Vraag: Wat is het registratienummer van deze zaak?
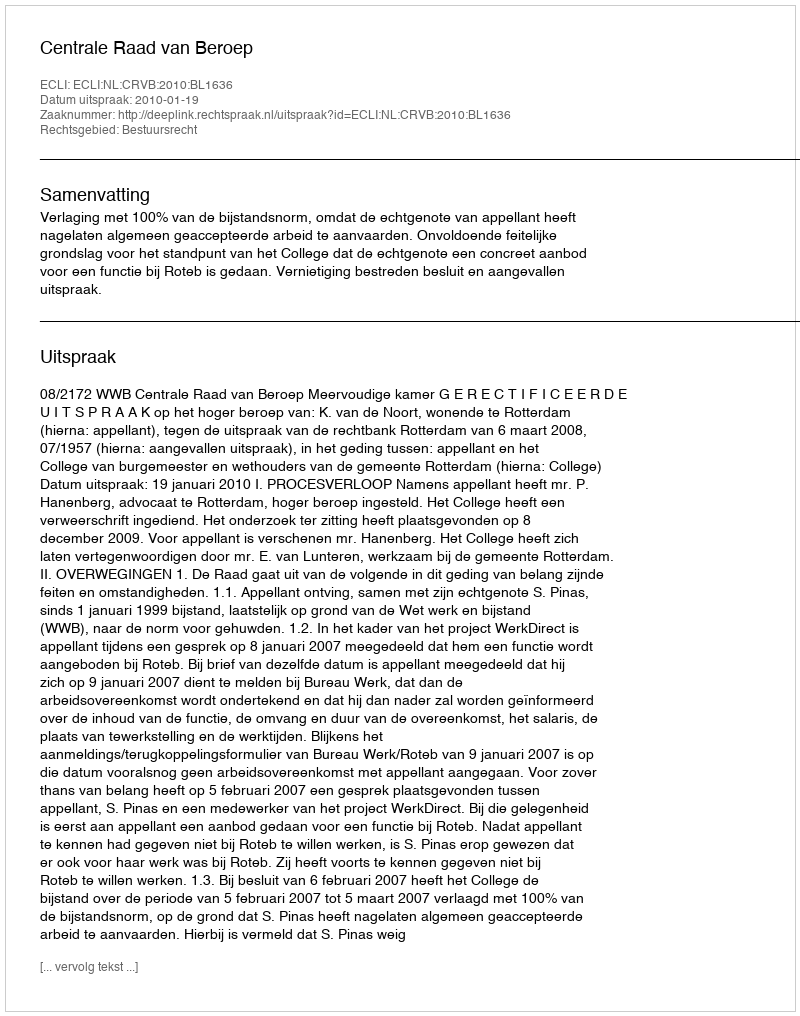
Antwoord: http://deeplink.rechtspraak.nl/uitspraak?id=ECLI:NL:CRVB:2010:BL1636